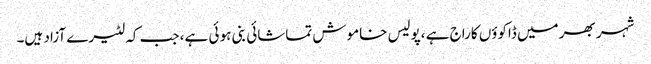
شہر بھر میں ڈاکوؤں کاراج ہے ،پولیس خاموش تماشائی بنی ہو ئی ہے، جب کہ لٹیرے آزاد ہیں۔